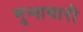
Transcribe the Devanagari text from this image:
मुन्शयारी